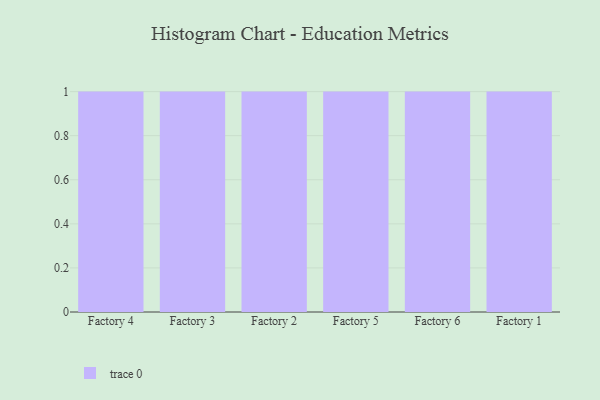
{"axis": {"x": "Factory", "y": "Latency (ms)"}, "legend": [""], "data": [{"x": "Factory 4", "y": 96, "type": ""}, {"x": "Factory 3", "y": 80, "type": ""}, {"x": "Factory 2", "y": 98, "type": ""}, {"x": "Factory 5", "y": 23, "type": ""}, {"x": "Factory 6", "y": 94, "type": ""}, {"x": "Factory 1", "y": 98, "type": ""}]}